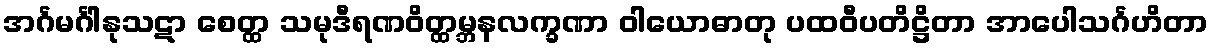
အင်္ဂမင်္ဂါနုသဋာ စေတ္ထ သမုဒီရဏဝိတ္ထမ္ဘနလက္ခဏာ ဝါယောဓာတု ပထဝီပတိဋ္ဌိတာ အာပေါသင်္ဂဟိတာ